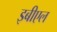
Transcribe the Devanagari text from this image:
इबीएल